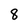
Character: 8